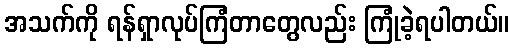
အသက်ကို ရန်ရှာလုပ်ကြံတာတွေလည်း ကြုံခဲ့ရပါတယ်။